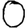
Digit: 0